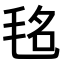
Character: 𣭨